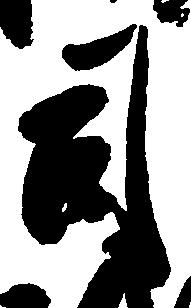
司